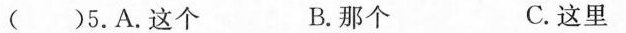
( )5.A.这个 B.那个 C.这里